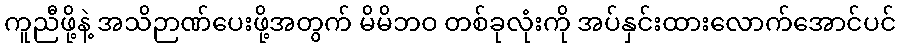
ကူညီဖို့နဲ့ အသိဉာဏ်ပေးဖို့အတွက် မိမိဘဝ တစ်ခုလုံးကို အပ်နှင်းထားလောက်အောင်ပင်